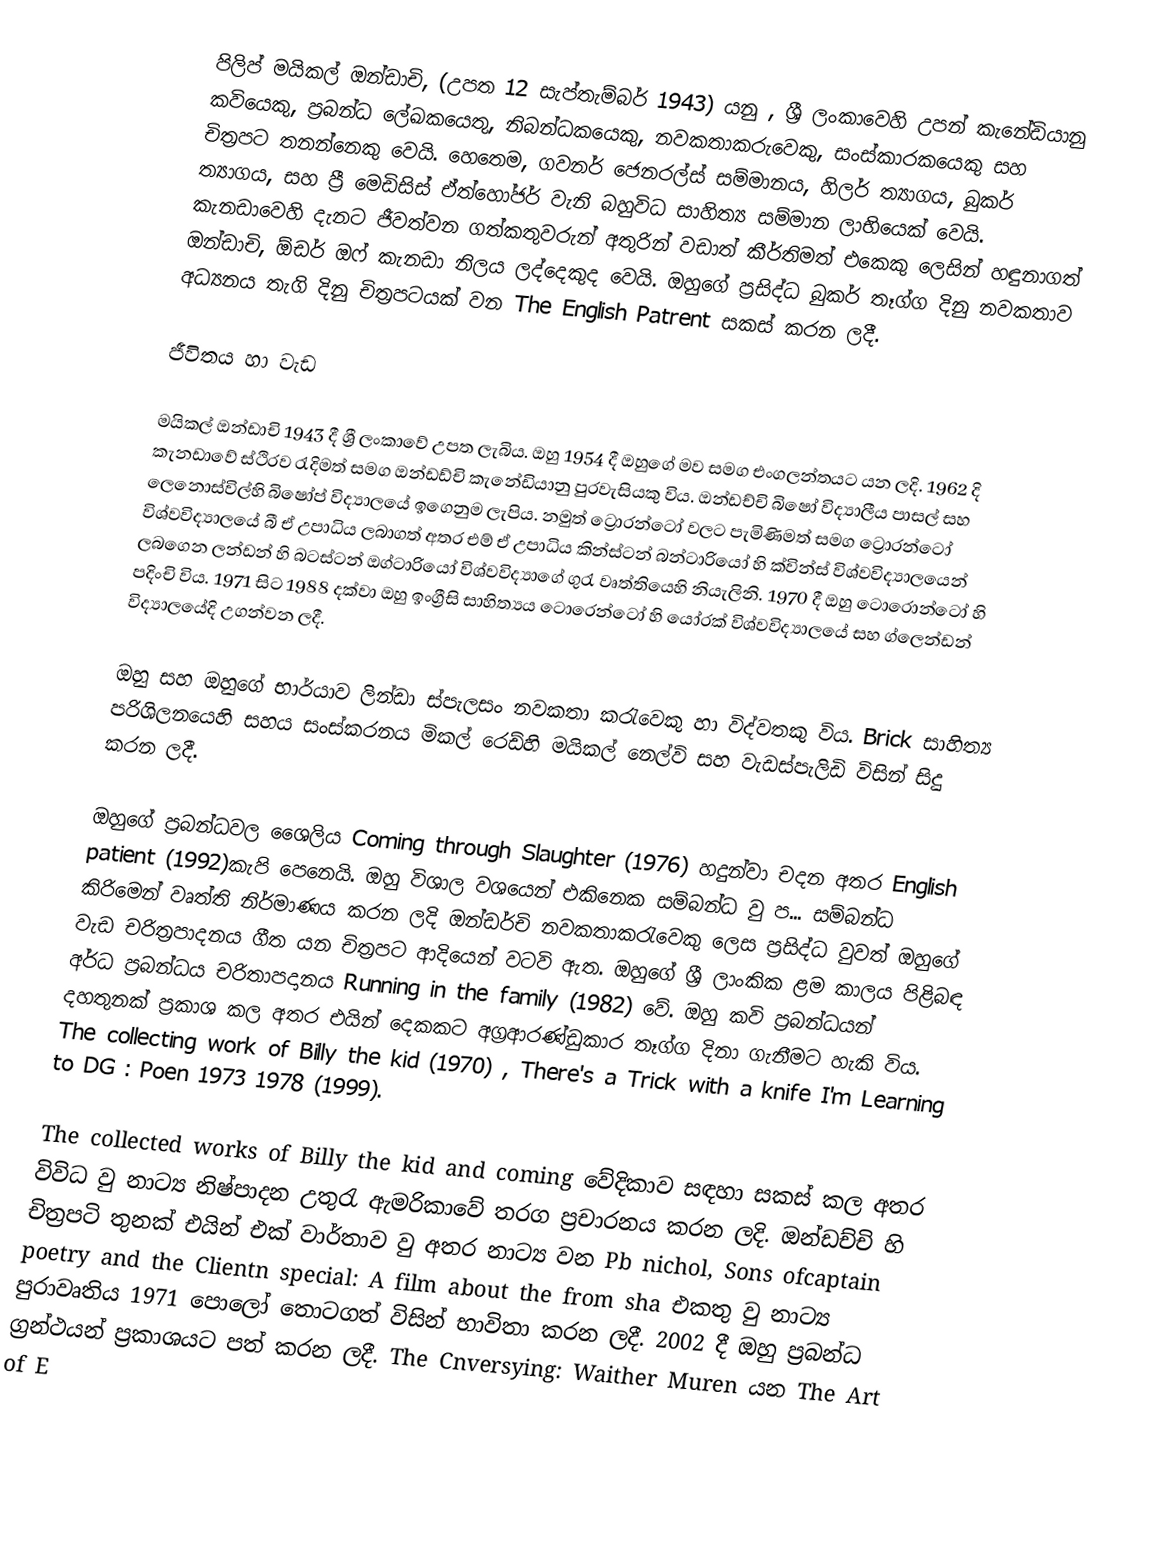
පිලිප් මයිකල් ඔන්ඩාචි,  (උපත 12 සැප්තැම්බර් 1943) යනු , ශ්‍රී ලංකාවෙහි උපන් කැනේඩියානු කවියෙකු, ප්‍රබන්ධ ලේඛකයෙතු, නිබන්ධකයෙකු, නවකතාකරුවෙකු, සංස්කාරකයෙකු සහ චිත්‍රපට තනන්නෙකු වෙයි.  හෙතෙම, ගවනර් ජෙනරල්ස් සම්මානය, හිලර් ත්‍යාගය, බුකර් ත්‍යාගය, සහ ප්‍රී මෙඩිසිස් ඒත්හෝජර් වැනි බහුවිධ සාහිත්‍ය සම්මාන ලාභියෙක් වෙයි. කැනඩාවෙහි දැනට ජීවත්වන ගත්කතුවරුන් අතුරින් වඩාත් කීර්තිමත් එකෙකු ලෙසින් හඳුනාගත් ඔන්ඩාචි, ඕඩර් ඔෆ් කැනඩා නිලය ලද්දෙකුද වෙයි. ඔහුගේ ප්‍රසිද්ධ බුකර් තෑග්ග දිනු නවකතාව අධ්‍යනය තැගි දිනු චිත්‍රපටයක් වන The English Patrent සකස් කරන ලදී.

ජීවිතය හා වැඩ

මයිකල් ඔන්ඩාචි 1943 දී ශ්‍රී ලංකාවේ උපත ලැබිය. ඔහු 1954 දී ඔහුගේ මව සමග එංගලන්තයට යන ලදි. 1962 දි කැනඩාවේ ස්ථිරව රැදිමත් සමග ඔන්ඩඩ්චි කැනේඩියානු පුරවැසියකු විය. ඔන්ඩච්චි බිෂෝ විද්‍යාලීය පාසල් සහ ලෙනොස්විල්හි බිෂෝප් විද්‍යාලයේ ඉගෙනුම ලැපිය. නමුත් ට්‍රොරන්ටෝ වල‍ට පැමිණිමත් සමග  ට්‍රොරන්ටෝ විශ්වවිද්‍යාලයේ බී ඒ උපාධිය ලබාගත් අතර එම් ඒ උපාධිය කින්ස්ටන් බන්ටාරියෝ හි ක්වින්ස් විශ්වවිද්‍යාලයෙන් ලබගෙන ලන්ඩන් හි බටස්ටන් ඔග්ටාරියෝ විශ්වවිද්‍යාගේ ගුරැ වෘත්තියෙහි නියැලිනි. 1970 දී ඔහු ටොරොන්ටෝ හි පදිංචි විය. 1971 සිට 1988 දක්වා ඔහු ඉංග්‍රීසි සාහිත්‍යය ටොරෙන්ටෝ හි යෝරක් විශ්වවිද්‍යාලයේ සහ ග්ලෙන්ඩන් විද්‍යාලයේදි උගන්වන ලදී.

ඔහු සහ ඔහුගේ භාර්යාව ලින්ඩා ස්පැලසං නවකතා කරැවෙකු හා විද්වතකු විය. Brick සාහිත්‍ය පරිශිලනයෙහි සහය සංස්කරනය මිකල් රෙඩ්හි මයිකල් නෙල්වි සහ වැඩස්පැලිඩි විසින් සිදු කරන ලදී.

ඔහුගේ ප්‍රබන්ධවල ශෛලිය Coming through Slaughter (1976)  හදුන්වා චදන අතර English patient (1992)කැපි පෙනෙයි. ඔහු විශාල වශයෙන් එකිනෙක සම්බන්ධ වු ප... සම්බන්ධ කිරිමෙන් වෘත්ති නිර්මාණය කරන ලදි ඔන්ඩර්චි නවකතාකරැවෙකු ලෙස ප්‍රසිද්ධ වුවත් ඔහුගේ වැඩ චරිත්‍රපාදනය ගීත යන චිත්‍රපට ආදියෙන් වටවි ඇත. ඔහුගේ  ශ්‍රී ලාංකික ළම කාලය පිළිබඳ අර්ධ ප්‍රබන්ධය චරිතාපදානය Running in the family (1982) වේ. ඔහු කවි ප්‍රබන්ධයන් දහතුනක් ප්‍රකාශ කල අතර එයින් දෙකකට අග්‍රආරණ්ඩුකාර තෑග්ග දිනා ගැනීමට හැකි විය. The collecting work of Billy the kid (1970) , There's a Trick with a knife I'm Learning  to  DG : Poen 1973 1978 (1999).

The collected works of Billy the kid and coming වේදිකාව සඳහා සකස් කල අතර විවිධ වු නාට්‍ය නිෂ්පාදන උතුරැ ඇමරිකාවේ තරග ප්‍රචාරනය කරන ලදි. ඔන්ඩච්චි හි චිත්‍රපටි තුනක් එයින් එක් වාර්තාව වු අතර නාට්‍ය වන Pb nichol, Sons ofcaptain poetry and the Clientn special: A film about the from sha එකතු වු නාට්‍ය පුරාවෘතිය 1971 පොලෝ තොටගත් විසින් භාවිතා කරන ලදී. 2002 දී ඔහු ප්‍රබන්ධ ග්‍රන්ථයන් ප්‍රකාශයට පත් කරන ලදී. The Cnversying: Waither Muren  යන The Art of E